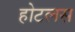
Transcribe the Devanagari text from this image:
होटलस